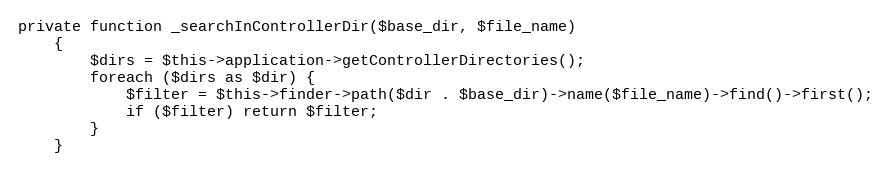
Language: PHP
private function _searchInControllerDir($base_dir, $file_name)
    {
        $dirs = $this->application->getControllerDirectories();
        foreach ($dirs as $dir) {
            $filter = $this->finder->path($dir . $base_dir)->name($file_name)->find()->first();
            if ($filter) return $filter;
        }
    }